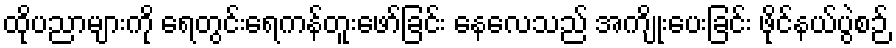
ထိုပညာများကို ရေတွင်းရေကန်တူးဖော်ခြင်း နေလေသည် အကျိုးပေးခြင်း ဖိုင်နယ်ပွဲစဉ်